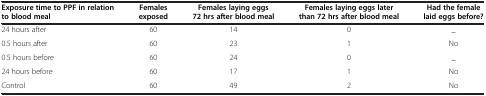
<table><thead><tr><td><b>Exposure time to PPF in relation to blood meal</b></td><td><b>Females exposed</b></td><td><b>Females laying eggs 72 hrs after blood meal</b></td><td><b>Females laying eggs later than 72 hrs after blood meal</b></td><td><b>Had the female laid eggs before?</b></td></tr></thead><tbody><tr><td>24 hours after</td><td>60</td><td>14</td><td>0</td><td>_</td></tr><tr><td>0.5 hours after</td><td>60</td><td>23</td><td>1</td><td>No</td></tr><tr><td>0.5 hours before</td><td>60</td><td>24</td><td>0</td><td>_</td></tr><tr><td>24 hours before</td><td>60</td><td>17</td><td>1</td><td>No</td></tr><tr><td>Control</td><td>60</td><td>49</td><td>2</td><td>No</td></tr></tbody></table>